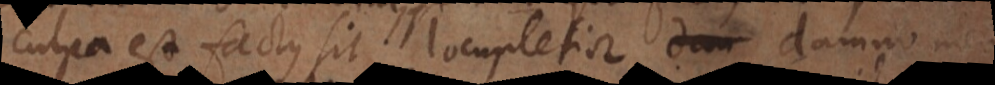
culpa est factus sit locupletior damno meo